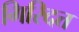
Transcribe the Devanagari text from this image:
गिरिदत्त